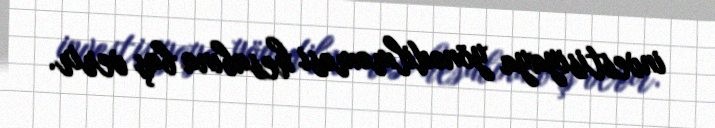
investisiyaya yönədilməməsi hesabına baş verir.